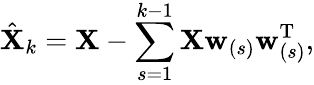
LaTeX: \hat{\mathbf{X}}_{k}=\mathbf{X}-\sum_{s=1}^{k-1}\mathbf{X}\mathbf{w}_{(s)}\mathbf{w}_{(s)}^{\mathrm{T}},